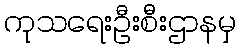
ကုသရေးဦးစီးဌာနမှ